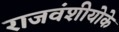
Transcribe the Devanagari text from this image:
राजवंशीयोके